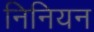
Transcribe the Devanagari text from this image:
निनियन